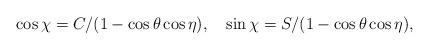
LaTeX: \begin{align*}\cos{\chi}=C/(1-\cos{\theta}\cos{\eta}), \quad \sin{\chi}=S/(1-\cos{\theta}\cos{\eta}),\end{align*}